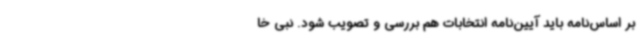
بر اساس‌نامه باید آیین‌نامه انتخابات هم بررسی و تصویب شود. نبی خا